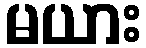
မယား